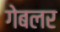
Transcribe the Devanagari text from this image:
गेबलर